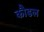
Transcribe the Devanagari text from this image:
कौडल